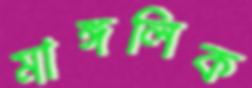
মাঙ্গলিক